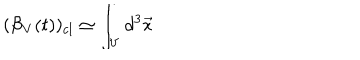
LaTeX: ( { \cal B } _ { V } ( t ) ) _ { c l } \simeq \int _ { V } d ^ { 3 } { \vec { x } } \hspace { 0 . 1 i n }